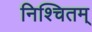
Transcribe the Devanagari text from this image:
निश्चितम्